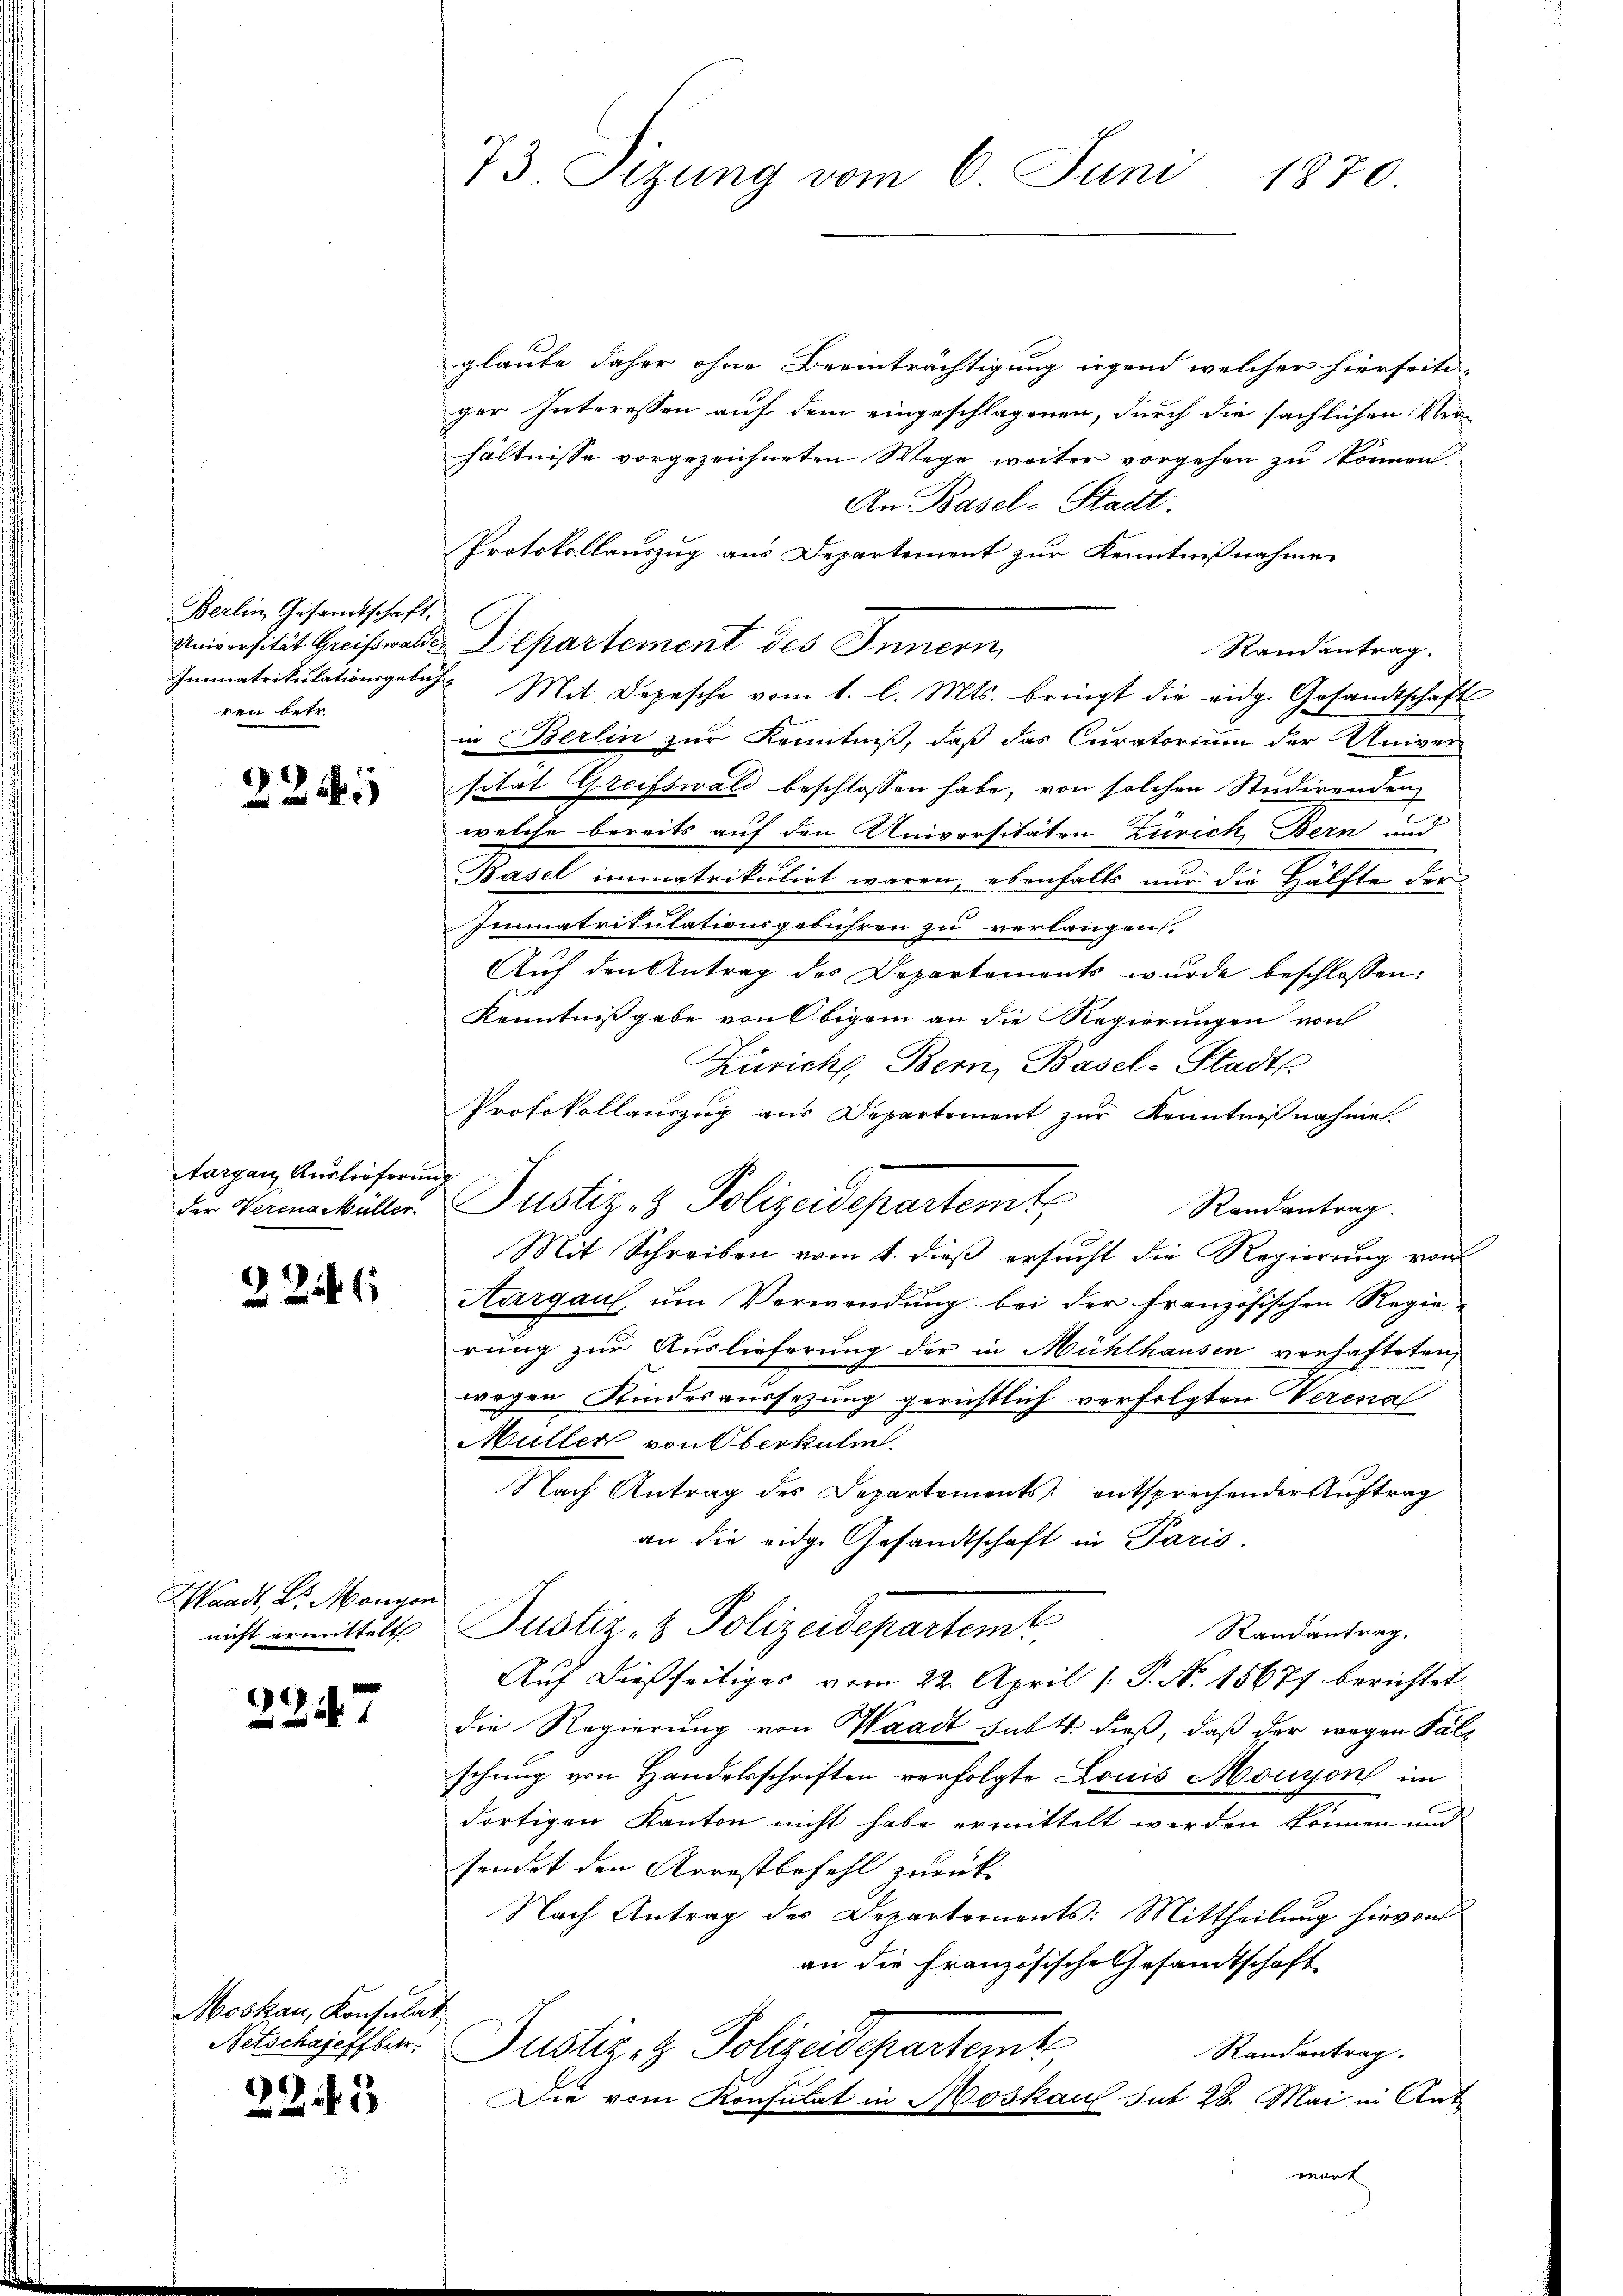
Berlin, Gesamtschaft.
ren betr.

224

targau, Auslieferung

2246

Waadt, Dr. Mongon
nicht ermittelt

2247

Moskau, Konsulat
Netschafeffbetr.

2243

73. Sizung vom 6. Juni
1870.

Protokollauszug aus Departement zur Kenntnißnahme.
der Hermarkälter Justiz- & Polizeidepartemt, Randantrag.

glaube daher ohne Beeinträchtigung irgend welcher hierseiti-
ger Interessen auf dem eingeschlagenen, durch die sächlichen Ver-
hältnisse vorgezeichneten Wege weiter vorgehen zu können.
An Basel-Stadt.
Protokollauszug aus Departement zur Kenntnißnahmen
Universität Greifswalde Departement des Innern
Randantrag.
Immatrikulationsgebühr Mit Depesche vom 1. l. Mts. bringt die eidg. Gesandtschaft
in Berlin zur Kenntniß, daß das Curatorium der Univer-
sität Greifswald beschlossen habe, von solchen Studirenden
welche bereits auf den Universitaton Zürich, Bern und
Basel immatrikulirt waren, ebenfalls nur die Hälfte der
Immatrikulationsgebühren zu verlangen.
Auf den Antrag des Departements wurde beschlossen:
Kenntnißgabe von Obigen an die Regierungen von
Zürich, Bern, Basel-Stadts.
Mit Schreiben vom 4. dieß ersucht die Regierung von
Aargau um Verwendung bei der französischen Regie-
rung zur Auslieferung der in Mühlhausen verhafteten,
wegen Kindesaussezung gerichtlich verfolgten Verenal
Müller von Oberkulm.
Nach Antrag des Departements entsprechender Auftrag
an die eidge Gesandtschaft in Paris.
Justiz- & Polizeidepartemt,
Randantrag.
Auf dießseitiges vom 22. April [P. N. 15677 berichtet
die Regierung von Waadt sub 1. dieß, daß der wegen Palz
schung von Handelsschriften verfolgte Louis Monzon im
dortigen Kanton nicht habe ermittelt werden können und
sondet den Arrestbefehl zurück-
Nach Antrag des Departements: Mittheilung hievon
an die Französische Gesandtschaft
Justiz- & Polizeideparternt,
Randantrag.
Die vom Konsulat in Moskau sub 28. Mai in Ant
wart